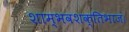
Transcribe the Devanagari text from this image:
शाम्भवशक्तिभाजं।